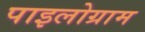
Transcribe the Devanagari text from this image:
पाइलोग्राम